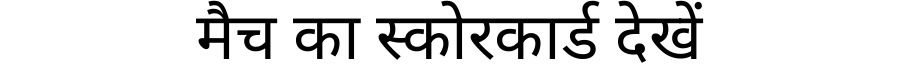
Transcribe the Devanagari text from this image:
मैच का स्कोरकार्ड देखें